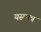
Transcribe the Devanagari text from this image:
यस्मान्न